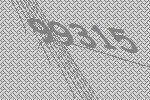
99315